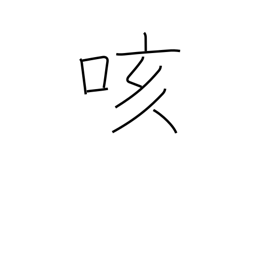
Meaning: cough